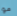
مو